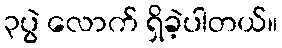
၃ပွဲ လောက် ရှိခဲ့ပါတယ်။